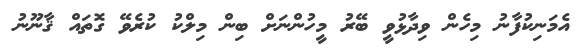
އެމަނިކުފާނު މިހެން ވިދާޅުވީ ބޭރު މީހުންނަށް ބިން މިލްކު ކުރެވޭ ގޮތައް ޤާނޫނު